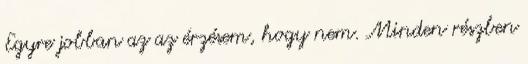
Egyre jobban az az érzésem, hogy nem. Minden részben